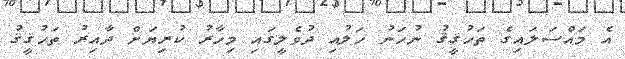
އެ މައްސަލައިގެ ތަހުޤީޤު ނުހަނު ހަލުއި ދުވެލީގައި މިހާރު ކުރިޔަށް ދާއިރު ތަހުޤީޤު